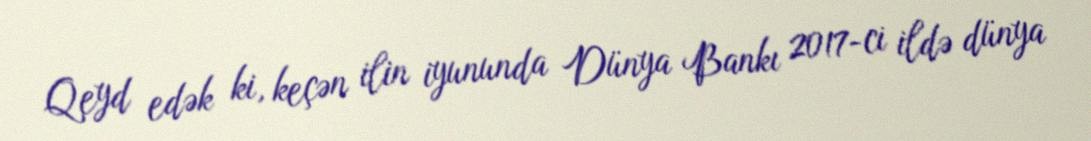
Qeyd edək ki, keçən ilin iyununda Dünya Bankı 2017-ci ildə dünya